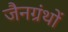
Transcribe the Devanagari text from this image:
जैनग्रंथों